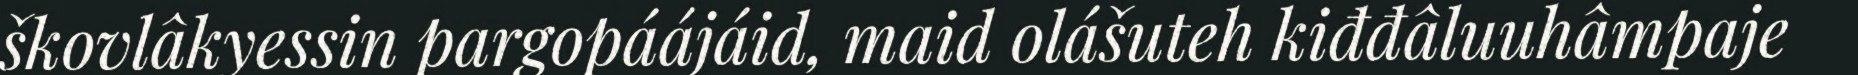
škovlâkyessin pargopáájáid, maid olášuteh kiđđâluuhâmpaje